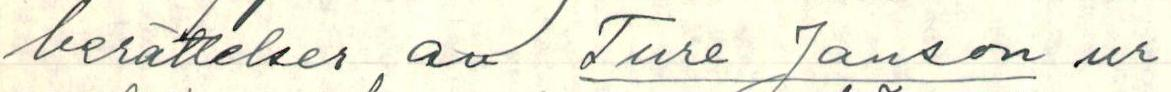
berättelser av Ture Janson ur